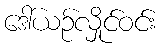
ဒေါ်ယဉ်လှိုင်ဝင်း